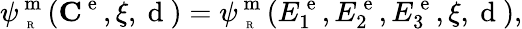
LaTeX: \psi_{\mathrm{~\tiny~R~}}^{\mathrm{~m~}}({\mathbf C}^{\mathrm{~e~}},\xi,\mathrm{~d~})=\psi_{\mathrm{~\tiny~R~}}^{\mathrm{~m~}}(E_{1}^{\mathrm{~e~}},E_{2}^{\mathrm{~e~}},E_{3}^{\mathrm{~e~}},\xi,\mathrm{~d~}),